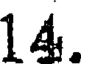
14.